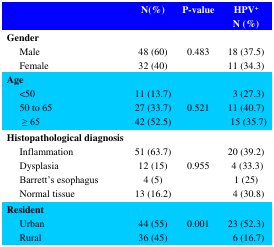
|  | N(%) | P-value | HPV+N (%) |
 | --- | --- | --- | --- |
 | Gender |  |  |  |
 | MaleFemale | 48 (60)32 (40) | 0.483 | 18 (37.5)11 (34.3) |
 | Age |  |  |  |
 | <5050 to 65≥ 65 | 11 (13.7)27 (33.7)42 (52.5) | 0.521 | 3 (27.3)11 (40.7) 15 (35.7) |
 | Histopathological diagnosis |  |  |  |
 | InflammationDysplasiaBarrett’s esophagusNormal tissue | 51 (63.7)12 (15)4 (5)13 (16.2) | 0.955 | 20 (39.2) 4 (33.3)1 (25) 4 (30.8) |
 | Resident |  |  |  |
 | UrbanRural | 44 (55)36 (45) | 0.001 | 23 (52.3) 6 (16.7) |